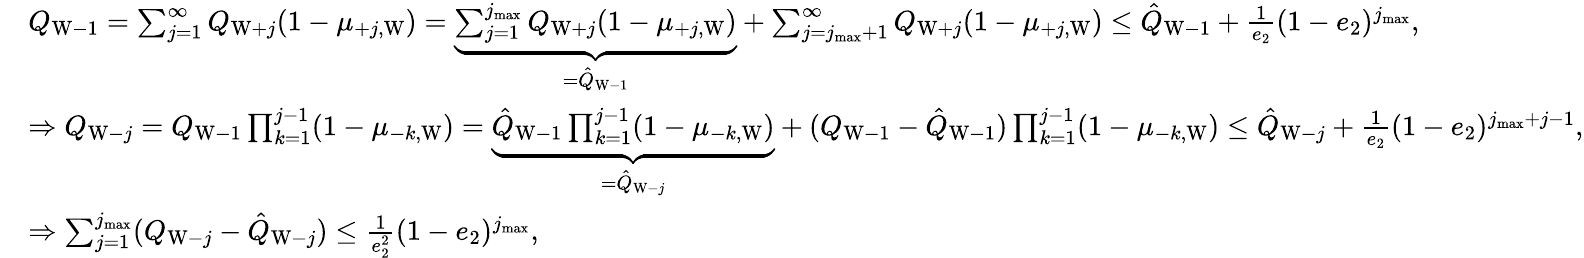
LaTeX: \begin{array}{rl}&{Q_{\mathrm{W}-1}=\sum_{j=1}^{\infty}Q_{\mathrm{W}+j}(1-\mu_{+j,\mathrm{W}})=\underbrace{\sum_{j=1}^{j_{\operatorname*{max}}}Q_{\mathrm{W}+j}(1-\mu_{+j,\mathrm{W}})}_{=\hat{Q}_{\mathrm{W}-1}}+\sum_{j=j_{\operatorname*{max}}+1}^{\infty}Q_{\mathrm{W}+j}(1-\mu_{+j,\mathrm{W}})\le\hat{Q}_{\mathrm{W}-1}+\frac{1}{e_{2}}(1-e_{2})^{j_{\operatorname*{max}}},}\\ &{\Rightarrow Q_{\mathrm{W}-j}=Q_{\mathrm{W}-1}\prod_{k=1}^{j-1}(1-\mu_{-k,\mathrm{W}})=\underbrace{\hat{Q}_{\mathrm{W}-1}\prod_{k=1}^{j-1}(1-\mu_{-k,\mathrm{W}})}_{=\hat{Q}_{\mathrm{W}-j}}+(Q_{\mathrm{W}-1}-\hat{Q}_{\mathrm{W}-1})\prod_{k=1}^{j-1}(1-\mu_{-k,\mathrm{W}})\le\hat{Q}_{\mathrm{W}-j}+\frac{1}{e_{2}}(1-e_{2})^{j_{\operatorname*{max}}+j-1},}\\ &{\Rightarrow\sum_{j=1}^{j_{\operatorname*{max}}}(Q_{\mathrm{W}-j}-\hat{Q}_{\mathrm{W}-j})\le\frac{1}{e_{2}^{2}}(1-e_{2})^{j_{\operatorname*{max}}},}\end{array}